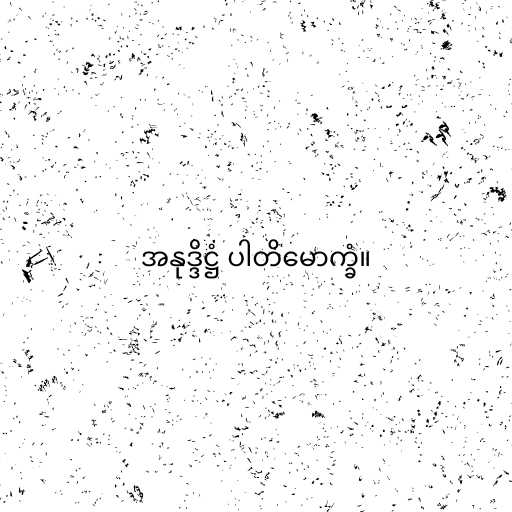
အနုဒ္ဒိဋ္ဌံ ပါတိမောက္ခံ။